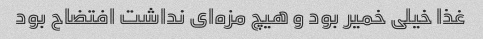
غذا خیلی خمیر بود و هیچ مزه‌ای نداشت افتضاح بود